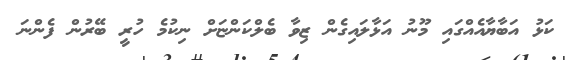
ކަޅު އަބާޔާއެއްގައި މޫނު އަޅާލައިގެން ޒިވާ ބެލްކަންޏަށް ނިކުމެ ހުރީ ބޭރުން ފެންނަ